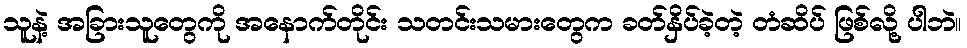
သူနဲ့ အခြားသူတွေကို အနောက်တိုင်း သတင်းသမားတွေက ခတ်နှိပ်ခဲ့တဲ့ တံဆိပ် ဖြစ်လို့ ပါဘဲ။